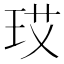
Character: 𪻚